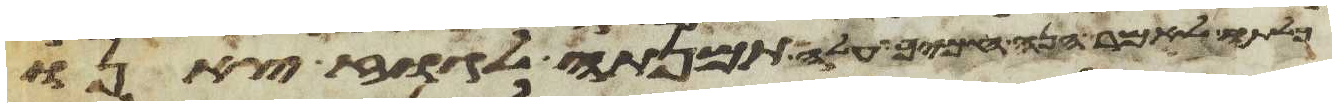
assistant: לאמר הנה חמיך עלה תמנתה לגוז צאנו